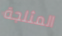
المثلجة